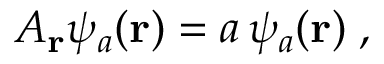
{ A } _ { \bf r } \psi _ { a } ( { \bf r } ) = a \, \psi _ { a } ( { \bf r } ) \; ,